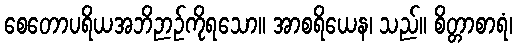
စေတောပရိယအဘိဉာဉ်ကိုရသော။ အာစရိယေန၊ သည်။ စိတ္တာစာရံ၊